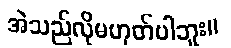
အဲသည်လိုမဟုတ်ပါဘူး။